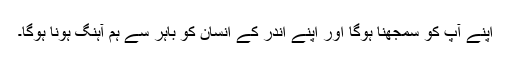
اپنے آپ کو سمجھنا ہوگا اور اپنے اندر کے انسان کو باہر سے ہم آہنگ ہونا ہوگا۔